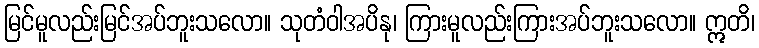
မြင်မူလည်းမြင်အပ်ဘူးသလော။ သုတံဝါအပိနု၊ ကြားမူလည်းကြားအပ်ဘူးသလော။ ဣတိ၊